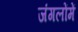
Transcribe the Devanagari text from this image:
जंगलोंमें